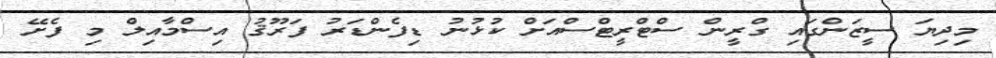
މިދިޔަ ސީޒަންގައި ގްރީން ސްޓްރީޓްސްއަށް ކުޅުނު ޑިފެންޑަރު ފަރޫޤު އިސްމާއިލް މި ފެށޭ